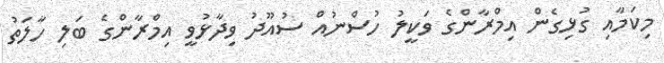
މިކަމާއި ގުޅިގެން އިމްރާންގެ ވަކީލު ހުސްނުއް ސުއޫދު ވިދާޅުވީ އިމްރާންގެ ބަލި ހާލަތު